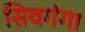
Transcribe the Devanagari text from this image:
सिवगंगा